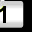
Digit: 1